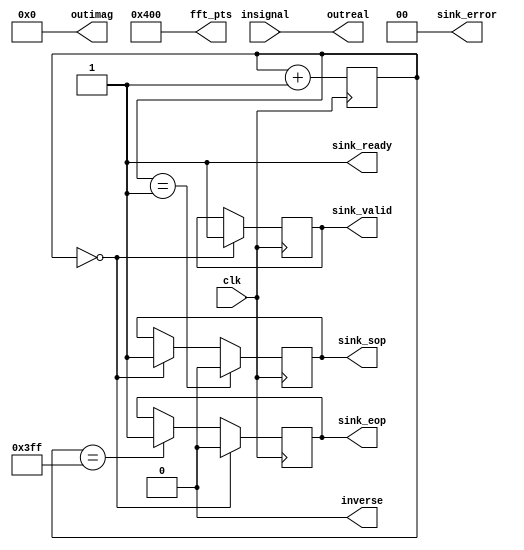
module control_for_fft(clk, insignal,sink_valid,sink_ready,sink_error,sink_sop,sink_eop, inverse, outreal,outimag, fft_pts);

input clk; 
input [11:0] insignal;

output reg sink_valid, sink_sop,sink_eop, inverse, sink_ready;
output reg [1:0] sink_error;

output [11:0] outreal, outimag;
output reg [10:0] fft_pts;

reg [9:0] count;

initial
	begin

		count=10'd1;

		inverse=0; 
		sink_valid=0; 
		sink_ready=1;

		sink_error=2'b00;
		fft_pts=11'd1024;
	
	end

assign outreal=insignal;
assign outimag=12'd0;

always @(posedge clk)

begin 
	begin
		count<= count+1'b1;
	end
	
	if (count==10'd1023)
		begin
			sink_eop<=1;
		end
		
	if (count==10'd0)
		begin
			sink_eop<=0;
			sink_sop<=1;
			sink_valid<=1;
		end

	if (count==10'd1)
		begin
			sink_sop<=0;
		end
end

endmodule